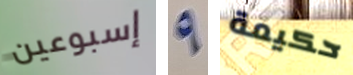
إسبوعين 9 حكيمة